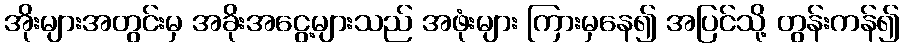
အိုးများအတွင်းမှ အခိုးအငွေ့များသည် အဖုံးများ ကြားမှနေ၍ အပြင်သို့ တွန်းကန်၍